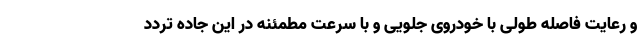
و رعایت فاصله طولی با خودروی جلویی و با سرعت مطمئنه در این جاده تردد